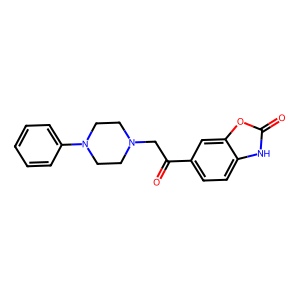
SMILES: O=C(CN1CCN(c2ccccc2)CC1)c1ccc2[nH]c(=O)oc2c1
Inhibits HIV replication: No